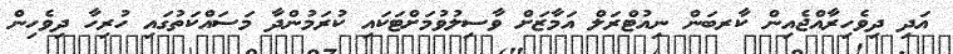
އަދި ދިވެހިރާއްޖެއިން ކާރބަން ނިއުޓްރަލް އަމާޒަށް ވާސިލުވުމަށްޓަކައި ކުރަމުންދާ މަސައްކަތުގައި ހުރިހާ ދިވެހިން